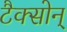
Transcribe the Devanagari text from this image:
टैक्सोन्